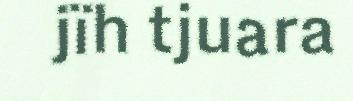
jïh tjuara